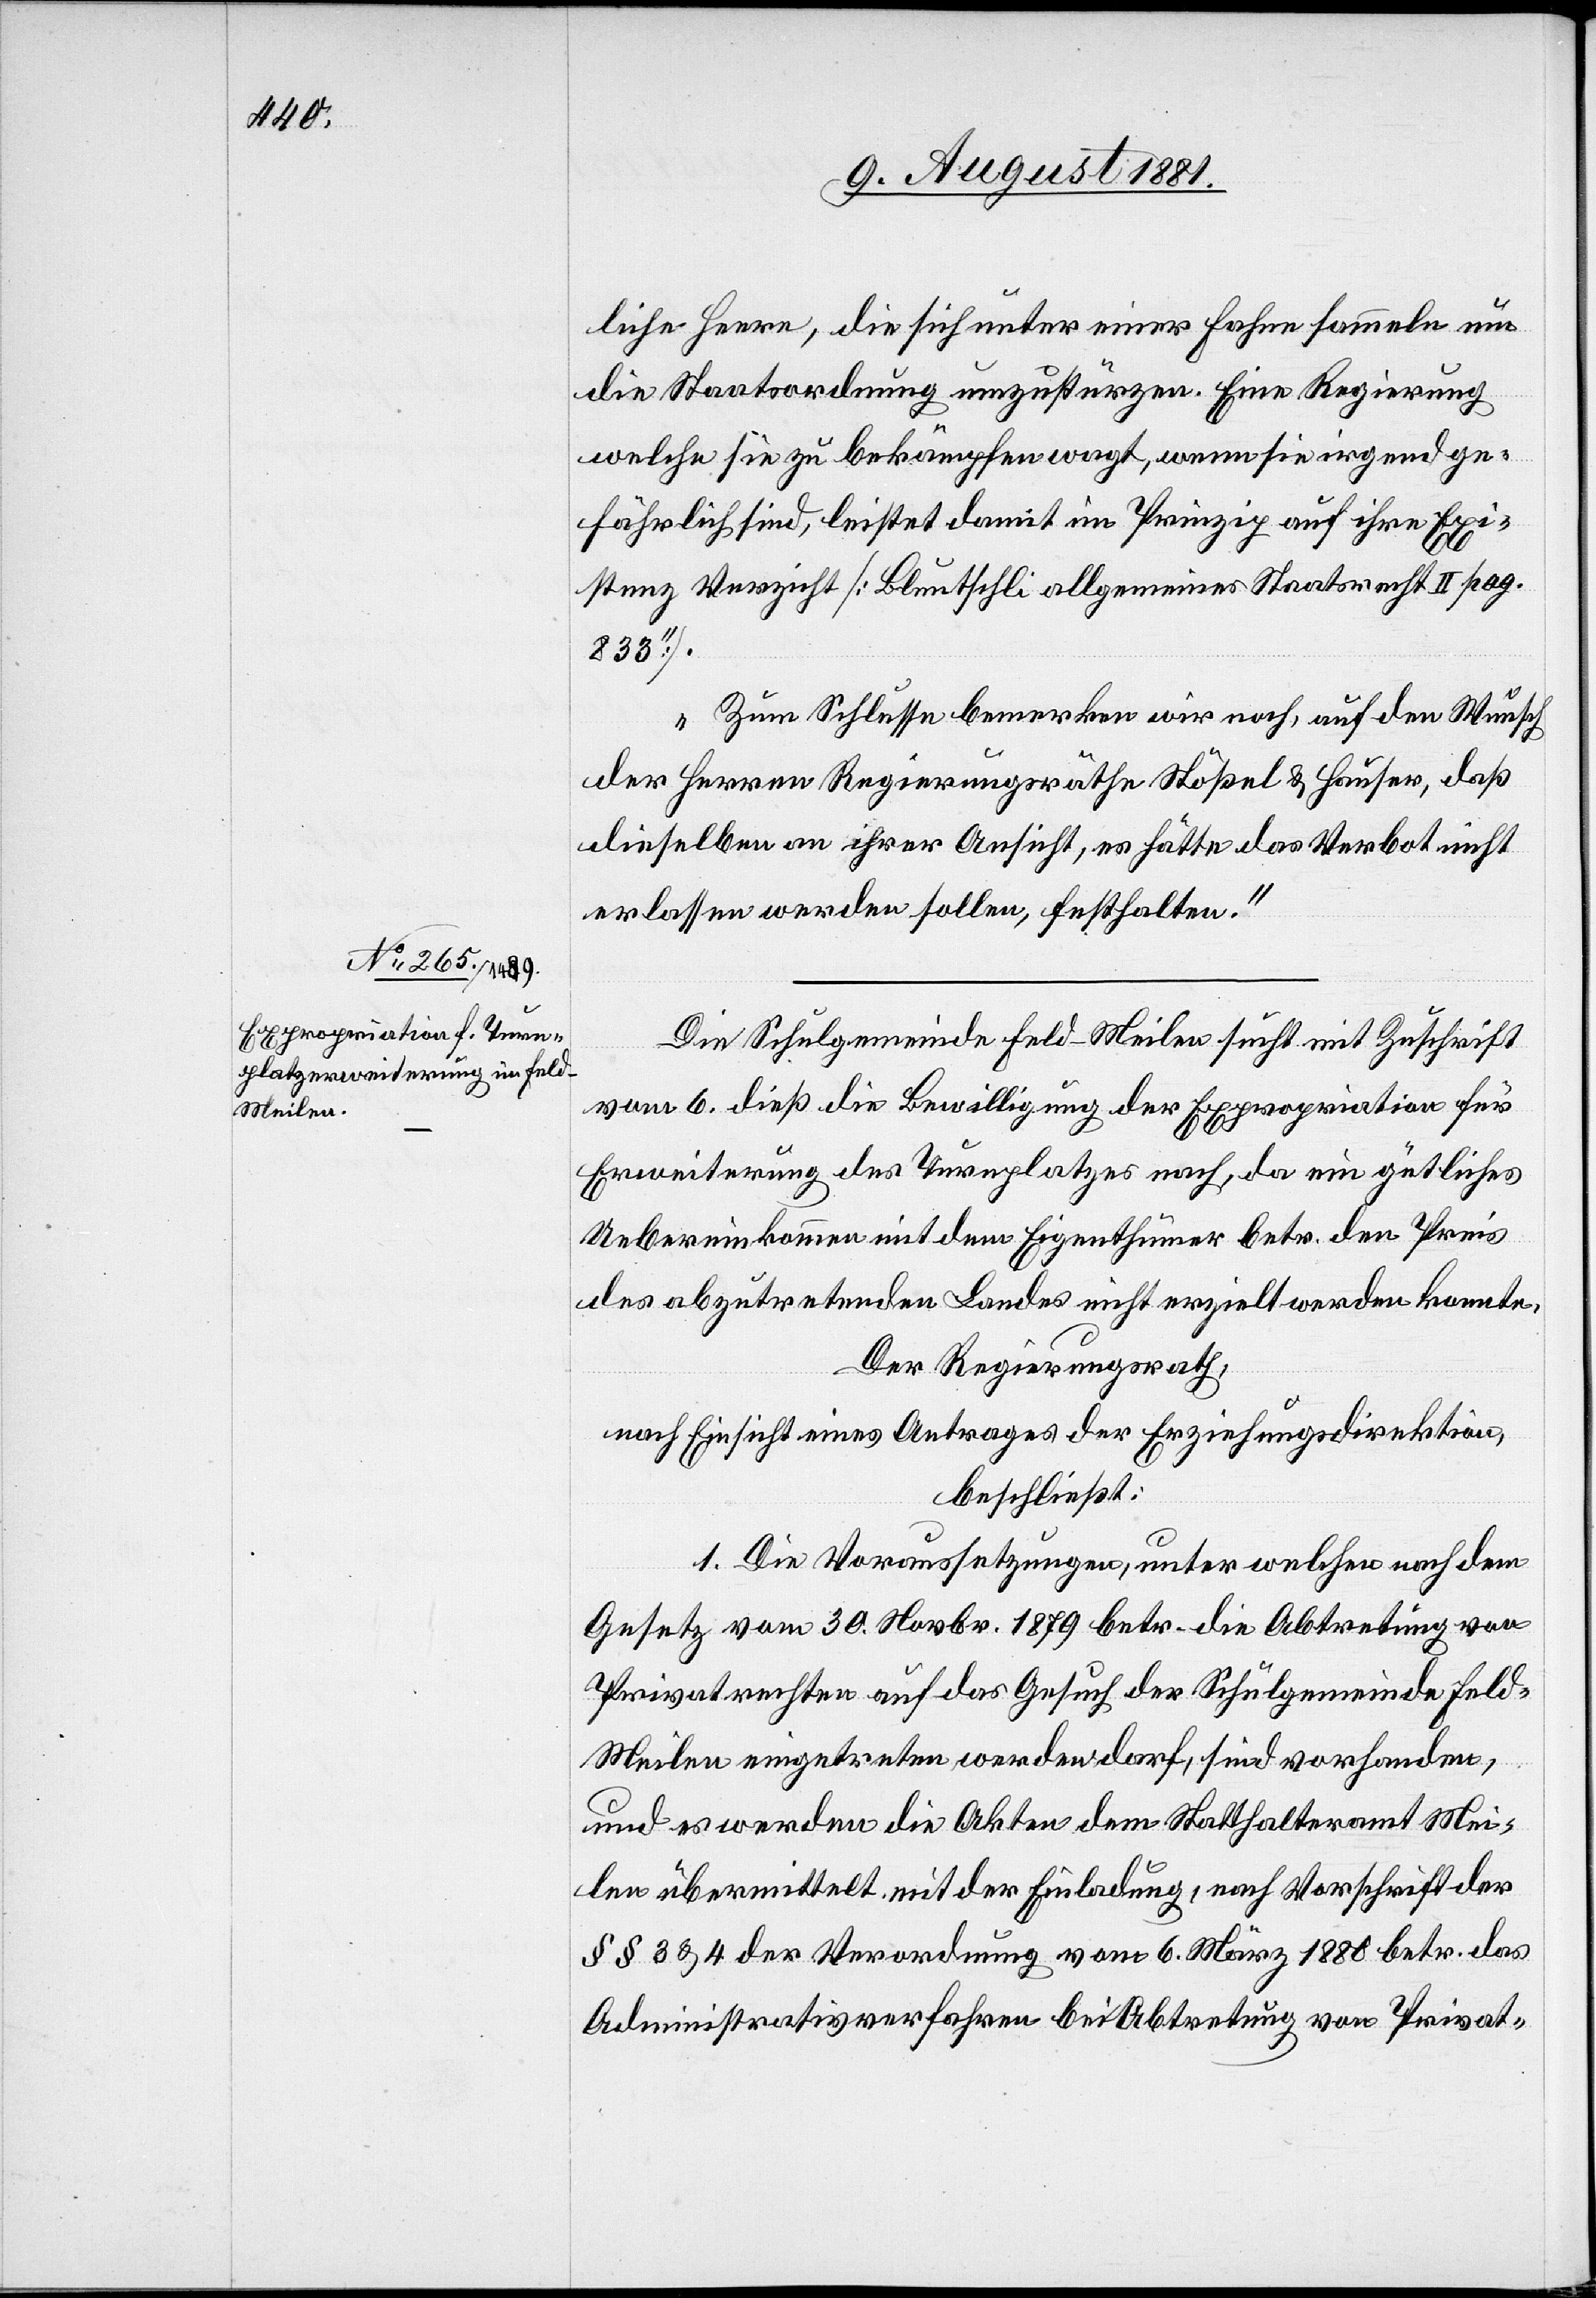
liche Heere, die sich unter einer Fahne sammeln um
die Staatsordnung umzustürzen. Eine Regierung
welche sie zu bekämpfen wagt, wenn sie irgend ge¬
fährlich sind, leistet damit im Prinzip auf ihre Exi¬
stenz Verzicht [Bluntschli allgemeines Staatsrecht II pag.
833“].
Zum Schluss bemerken wir noch, auf den Wunsch
der Herren Regierungsräthe Stößel & Hauser, daß
dieselben an ihrer Ansicht, es hätte das Verbot nicht
erlassen werden sollen, festhalten.“
Die Schulgemeinde Feld - Meilen sucht mit Zuschrift
vom 6. dieß die Bewilligung der Expropriation für
Erweiterung des Turnplatzes nach, da ein gütliches
Uebereinkommen mit dem Eigenthümer betr. den Preis
des abzutretenden Landes nicht erzielt werden konnte.
Der Regierungsrath,
nach Einsicht eines Antrages der Erziehungsdirektion,
beschließt:
1. Die Voraussetzungen, unter welchen nach dem
Gesetz vom 30. Novbr. 1879 betr. die Abtretung von
Privatrechten auf das Gesuch der Schulgemeinde Feld
Meilen eingetreten werden darf, sind vorhanden,
und es werden die Akten dem Statthalteramt Mei¬
len übermittelt mit der Einladung, nach Vorschrift der
§§ 3 & 4 der Verordnung vom 6. März 1880 betr. das
Administrativverfahren bei Abtretung von Privat-